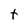
Character: T